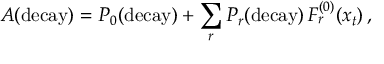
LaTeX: A ( \mathrm { d e c a y } ) = P _ { 0 } ( \mathrm { d e c a y } ) + \sum _ { r } P _ { r } ( \mathrm { d e c a y } ) \, F _ { r } ^ { ( 0 ) } ( x _ { t } ) \, ,